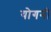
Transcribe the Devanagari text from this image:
योगनी